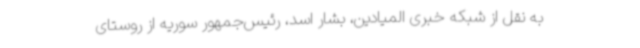
به نقل از شبکه خبری المیادین، بشار اسد، رئیس‌جمهور سوریه از روستای